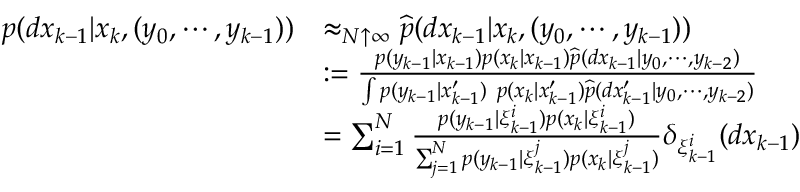
{ \begin{array} { r l } { p ( d x _ { k - 1 } | x _ { k } , ( y _ { 0 } , \cdots , y _ { k - 1 } ) ) } & { \approx _ { N \uparrow \infty } { \widehat { p } } ( d x _ { k - 1 } | x _ { k } , ( y _ { 0 } , \cdots , y _ { k - 1 } ) ) } \\ & { : = { \frac { p ( y _ { k - 1 } | x _ { k - 1 } ) p ( x _ { k } | x _ { k - 1 } ) { \widehat { p } } ( d x _ { k - 1 } | y _ { 0 } , \cdots , y _ { k - 2 } ) } { \int p ( y _ { k - 1 } | x _ { k - 1 } ^ { \prime } ) ~ p ( x _ { k } | x _ { k - 1 } ^ { \prime } ) { \widehat { p } } ( d x _ { k - 1 } ^ { \prime } | y _ { 0 } , \cdots , y _ { k - 2 } ) } } } \\ & { = \sum _ { i = 1 } ^ { N } { \frac { p ( y _ { k - 1 } | \xi _ { k - 1 } ^ { i } ) p ( x _ { k } | \xi _ { k - 1 } ^ { i } ) } { \sum _ { j = 1 } ^ { N } p ( y _ { k - 1 } | \xi _ { k - 1 } ^ { j } ) p ( x _ { k } | \xi _ { k - 1 } ^ { j } ) } } \delta _ { \xi _ { k - 1 } ^ { i } } ( d x _ { k - 1 } ) } \end{array} }